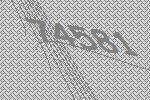
74581